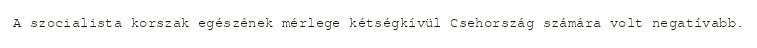
A szocialista korszak egészének mérlege kétségkívül Csehország számára volt negatívabb.